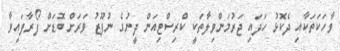
ވާހަކަތަކާއި ދެކޮޅު ހަދައި ޖަރުމަންވިލާތަކީ ކްރިސްޓިއަން ދީނުގެ ނުފޫޒު ވަރަށް ބޮޑަށް ފޯރާފައިވާ